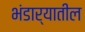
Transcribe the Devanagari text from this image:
भंडार्‍यातील